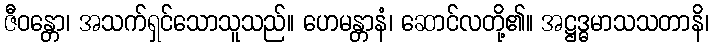
ဇီဝန္တော၊ အသက်ရှင်သောသူသည်။ ဟေမန္တာနံ၊ ဆောင်လတို့၏။ အဋ္ဌဒ္ဓမာသသတာနိ၊